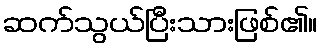
ဆက်သွယ်ပြီးသားဖြစ်၏။